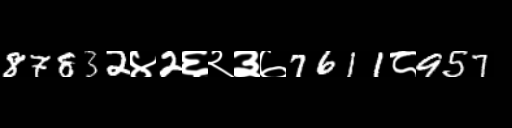
Text: 87832४2६२३७7611८957